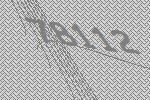
78112